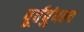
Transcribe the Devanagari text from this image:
पूर्वपुंपक्व